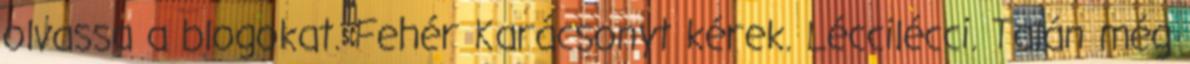
olvassa a blogokat. Fehér Karácsonyt kérek. Léccilécci. Talán még